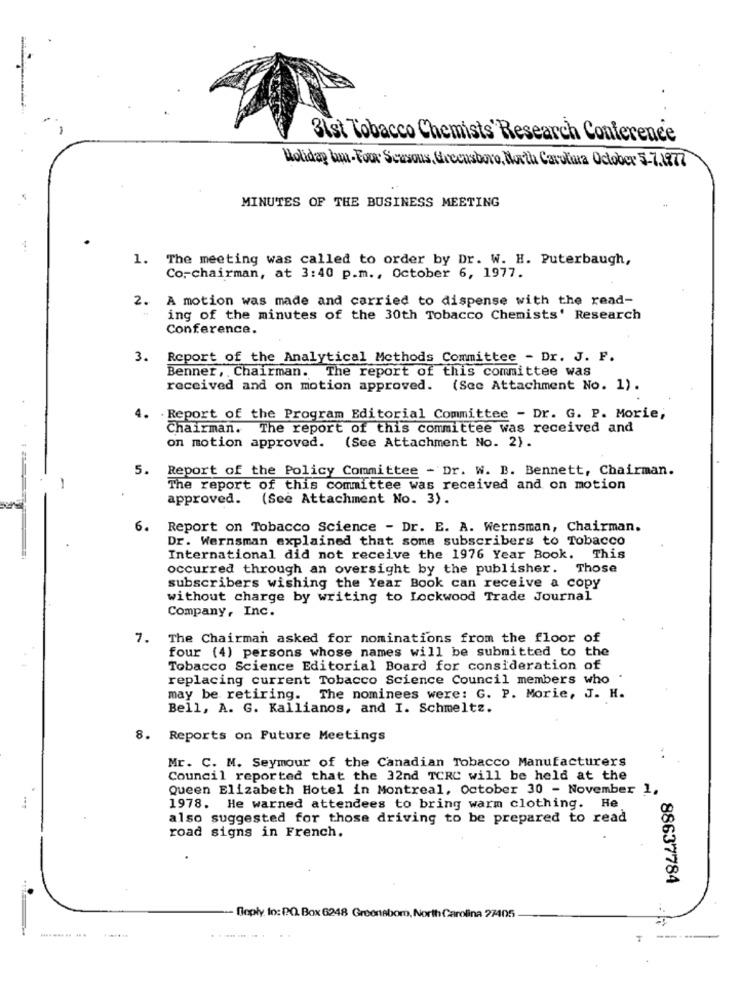
3ist Tobacco Chemists' Research Conference
Holiday Um-Four Seasons, Greensboro, Mxth Carolina October 5.7.1977
MINUTES OF THE BUSINESS MEETING
..
1. The meeting was called to order by Dr. W. H. Puterbaugh,
Co-chairman, at 3:40 p.m ., October 6, 1977.
2.
A motion was made and carried to dispense with the read-
ing of the minutes of the 30th Tobacco Chemists' Research
Conference.
3. Report of the Analytical Methods Committee - Dr. J. F.
Benner, , Chairman. The report of this committee was
received and on motion approved. (See Attachment No. 1).
. Report of the Program Editorial Committee - Dr. G. P. Morie,
Chairman. The report of this committee was received and
on motion approved. (See Attachment No. 2).
5.
Report of the Policy Committee - Dr. W. B. Bennett, Chairman.
-
The report of this committee was received and on motion
approved.
(See Attachment No. 3).
6.
Report on Tobacco Science - Dr. E. A. Wernsman, Chairman.
Dr. Wernsman explained that some subscribers to Tobacco
International did not receive the 1976 Year Book. This
occurred through an oversight by the publisher. Those
subscribers wishing the Year Book can receive a copy
without charge by writing to Lockwood Trade Journal
Company, Inc.
7. The Chairman asked for nominations from the floor of
four (4) persons whose names will be submitted to the
Tobacco Science Editorial Board for consideration of
replacing current Tobacco Science Council members who .
may be retiring. The nominees were: G. P. Morie, J. H.
Bell, A. G. Kallianos, and I. Schmeltz.
8. Reports on Future Meetings
Mr. C. M. Seymour of the Canadian Tobacco Manufacturers
Council reported that the 32nd TCRC will be held at the
Queen Elizabeth Hotel in Montreal, October 30 - November 1,
1978. He warned attendees to bring warm clothing. He
also suggested for those driving to be prepared to read
road signs in French.
88637784
- Dopły In: PO. Box 6248 Greensbom, North Carolina 27405